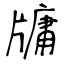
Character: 牗